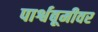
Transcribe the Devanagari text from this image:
पार्श्वबूमीवर